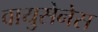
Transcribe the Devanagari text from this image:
वायुसेनेस